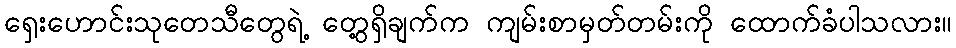
ရှေးဟောင်းသုတေသီတွေရဲ့ တွေ့ရှိချက်က ကျမ်းစာမှတ်တမ်းကို ထောက်ခံပါသလား။